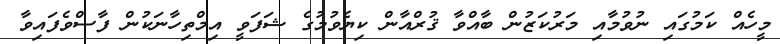
މީހެއް ކަމުގައި ނުވުމާއި މަރުކަޒުން ބާއްވާ ޤުރްއާން ކިޔެވުމުގެ ޝަފަވީ އިމްތިހާނަކުން ފާސްވެފައިވާ